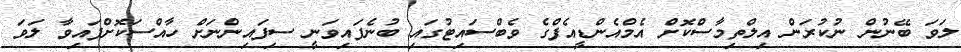
ލަވަ ބޭނުން ނުކުރަން އިލްތިމާސްކޮށް އެމްއެންޑީއެފްގެ ވެބްސައިޓުގައި ބުނެފައިވަނީ ސިފައިންނަށް ހާއްސަކޮށްފައިވާ ލަވަ